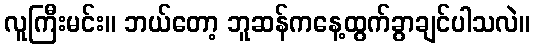
လူကြီးမင်း။ ဘယ်တော့ ဘူဆန်ကနေ့ထွက်ခွာချင်ပါသလဲ။